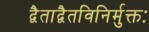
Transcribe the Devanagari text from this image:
द्वैताद्वैतविनिर्मुक्तः